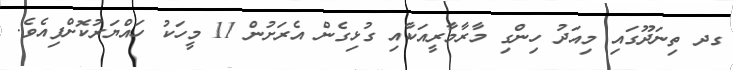
ގދ ތިނަދޫގައި މިއަދު ހިންގި މާރާމާރީއަކާއި ގުޅިގެން އެރަށުން 11 މީހަކު ހައްޔަރުކޮށްފިއެވެ.